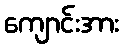
ကျောင်းအား